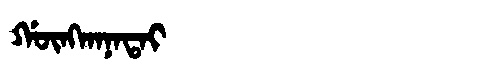
Manchu: ᡤᡡᠩᡴᠠᠨᠠᡨᠠᡳ
Romanization: GŪNGKANATAI